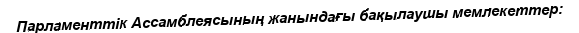
Парламенттік Ассамблеясының жанындағы бақылаушы мемлекеттер: